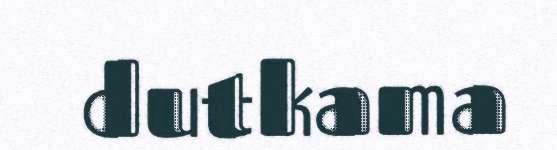
dutkama